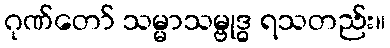
ဂုဏ်တော် သမ္မာသမ္ဗုဒ္ဓ ရသတည်း။